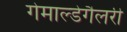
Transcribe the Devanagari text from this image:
गेमाल्डेगैलरी